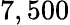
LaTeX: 7,500